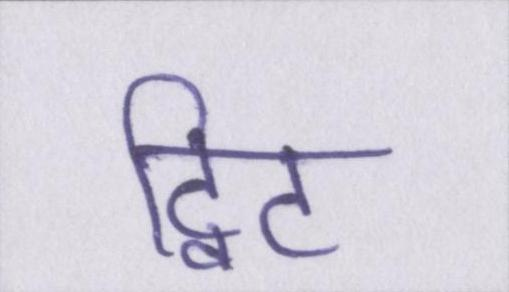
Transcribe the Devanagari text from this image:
ट्विट